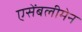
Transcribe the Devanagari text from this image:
एसेंबलीमेन